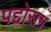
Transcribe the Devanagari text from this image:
पद्दोराग